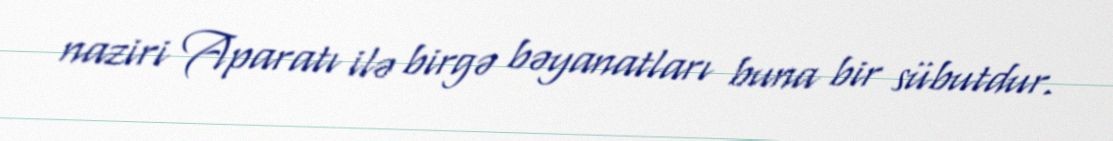
naziri Aparatı ilə birgə bəyanatları buna bir sübutdur.